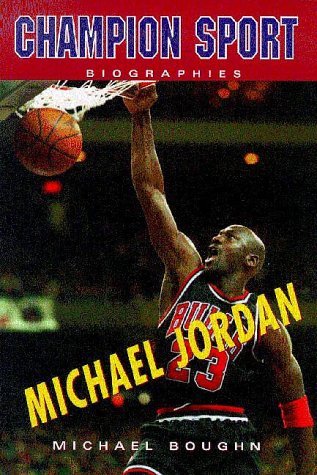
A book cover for Michael Jordan (Champion Sport Biography); Michael Boughn; Teen & Young Adult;